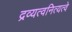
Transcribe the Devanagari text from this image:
द्रव्यत्वनित्यत्वे